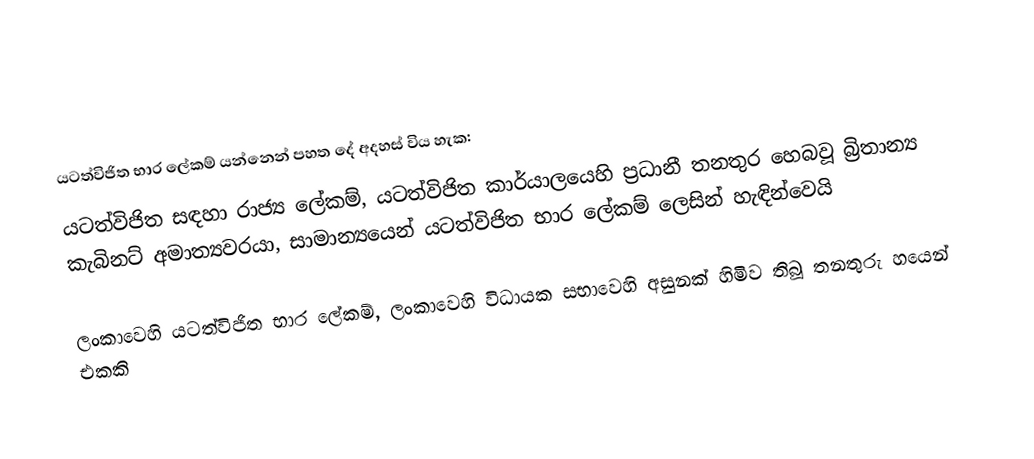
යටත්විජිත භාර ලේකම් යන්නෙන් පහත දේ අදහස් විය හැක:
 යටත්විජිත සඳහා රාජ්‍ය ලේකම්, යටත්විජිත කාර්යාලයෙහි ප්‍රධානී තනතුර හෙබවූ බ්‍රිතාන්‍ය කැබිනට් අමාත්‍යවරයා, සාමාන්‍යයෙන් යටත්විජිත භාර ලේකම් ලෙසින් හැඳින්වෙයි

 ලංකාවෙහි යටත්විජිත භාර ලේකම්, ලංකාවෙහි විධායක සභාවෙහි අසුනක් හිමිව තිබූ තනතුරු හයෙන් එකකි